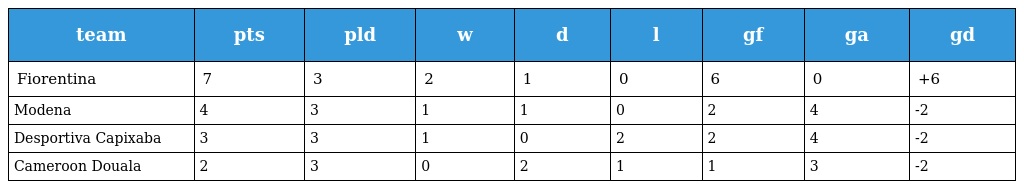
| team | pts | pld | w | d | l | gf | ga | gd |
 | --- | --- | --- | --- | --- | --- | --- | --- | --- |
 | Fiorentina | 7 | 3 | 2 | 1 | 0 | 6 | 0 | +6 |
 | Modena | 4 | 3 | 1 | 1 | 0 | 2 | 4 | -2 |
 | Desportiva Capixaba | 3 | 3 | 1 | 0 | 2 | 2 | 4 | -2 |
 | Cameroon Douala | 2 | 3 | 0 | 2 | 1 | 1 | 3 | -2 |